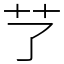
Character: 𦫼